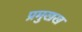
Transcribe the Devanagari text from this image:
प्रमुखख